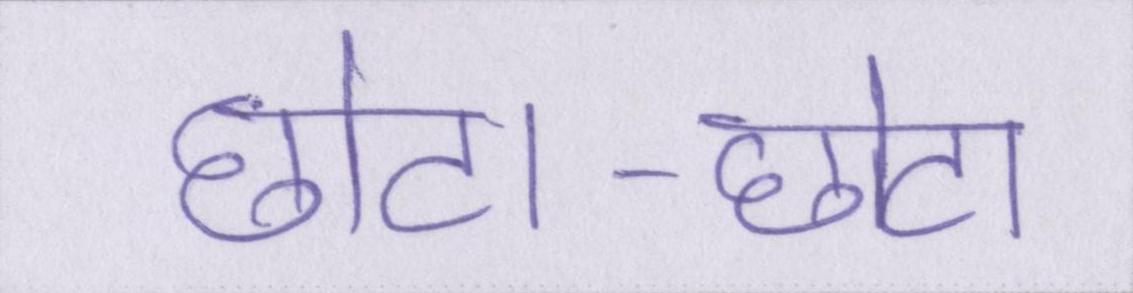
छोटा-छोटा